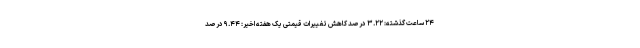
۲۴ ساعت گذشته: ۳.۲۲ درصد کاهش تغییرات قیمتی یک هفته اخیر: ۹.۴۴ درصد